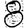
Digit: 8